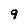
Character: 9